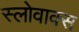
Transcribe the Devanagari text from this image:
स्लोवाक्स